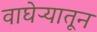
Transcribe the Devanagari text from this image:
वाघेऱ्यातून